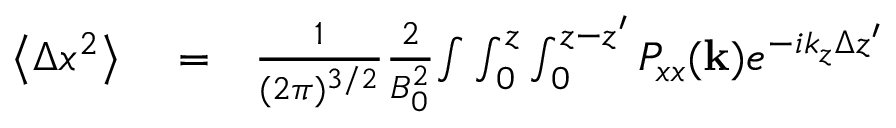
\begin{array} { r l r } { \left\langle \Delta x ^ { 2 } \right\rangle } & { { } = } & { \frac { 1 } { ( 2 \pi ) ^ { 3 / 2 } } \frac { 2 } { B _ { 0 } ^ { 2 } } { \int } \int _ { 0 } ^ { z } \int _ { 0 } ^ { z - { z } ^ { \prime } } P _ { x x } ( \mathbf { k } ) e ^ { - i k _ { z } \Delta z ^ { \prime } } } \end{array}